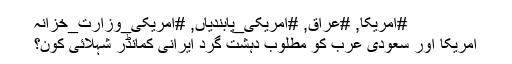
#امریکا, #عراق, #امریکی_پابندیاں, #امریکی_وزارت_خزانہ
امریکا اور سعودی عرب کو مطلوب دہشت گرد ایرانی کمانڈر شہلائی کون؟